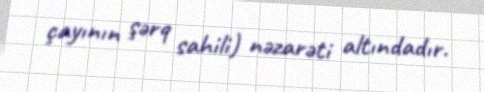
çayının şərq sahili) nəzarəti altındadır.